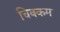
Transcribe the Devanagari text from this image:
चिक्कम